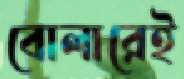
বোলারেই